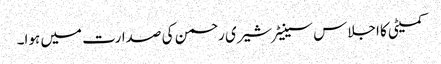
کمیٹی کا اجلاس سینیٹر شیری رحمن کی صدارت میں ہوا۔